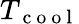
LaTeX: T_{\mathrm{~c~o~o~l~}}